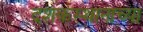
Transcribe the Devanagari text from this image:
दशकस्थानाच्या